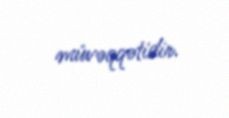
müvəqqətidir.